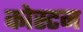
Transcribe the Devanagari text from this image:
कोस्टन